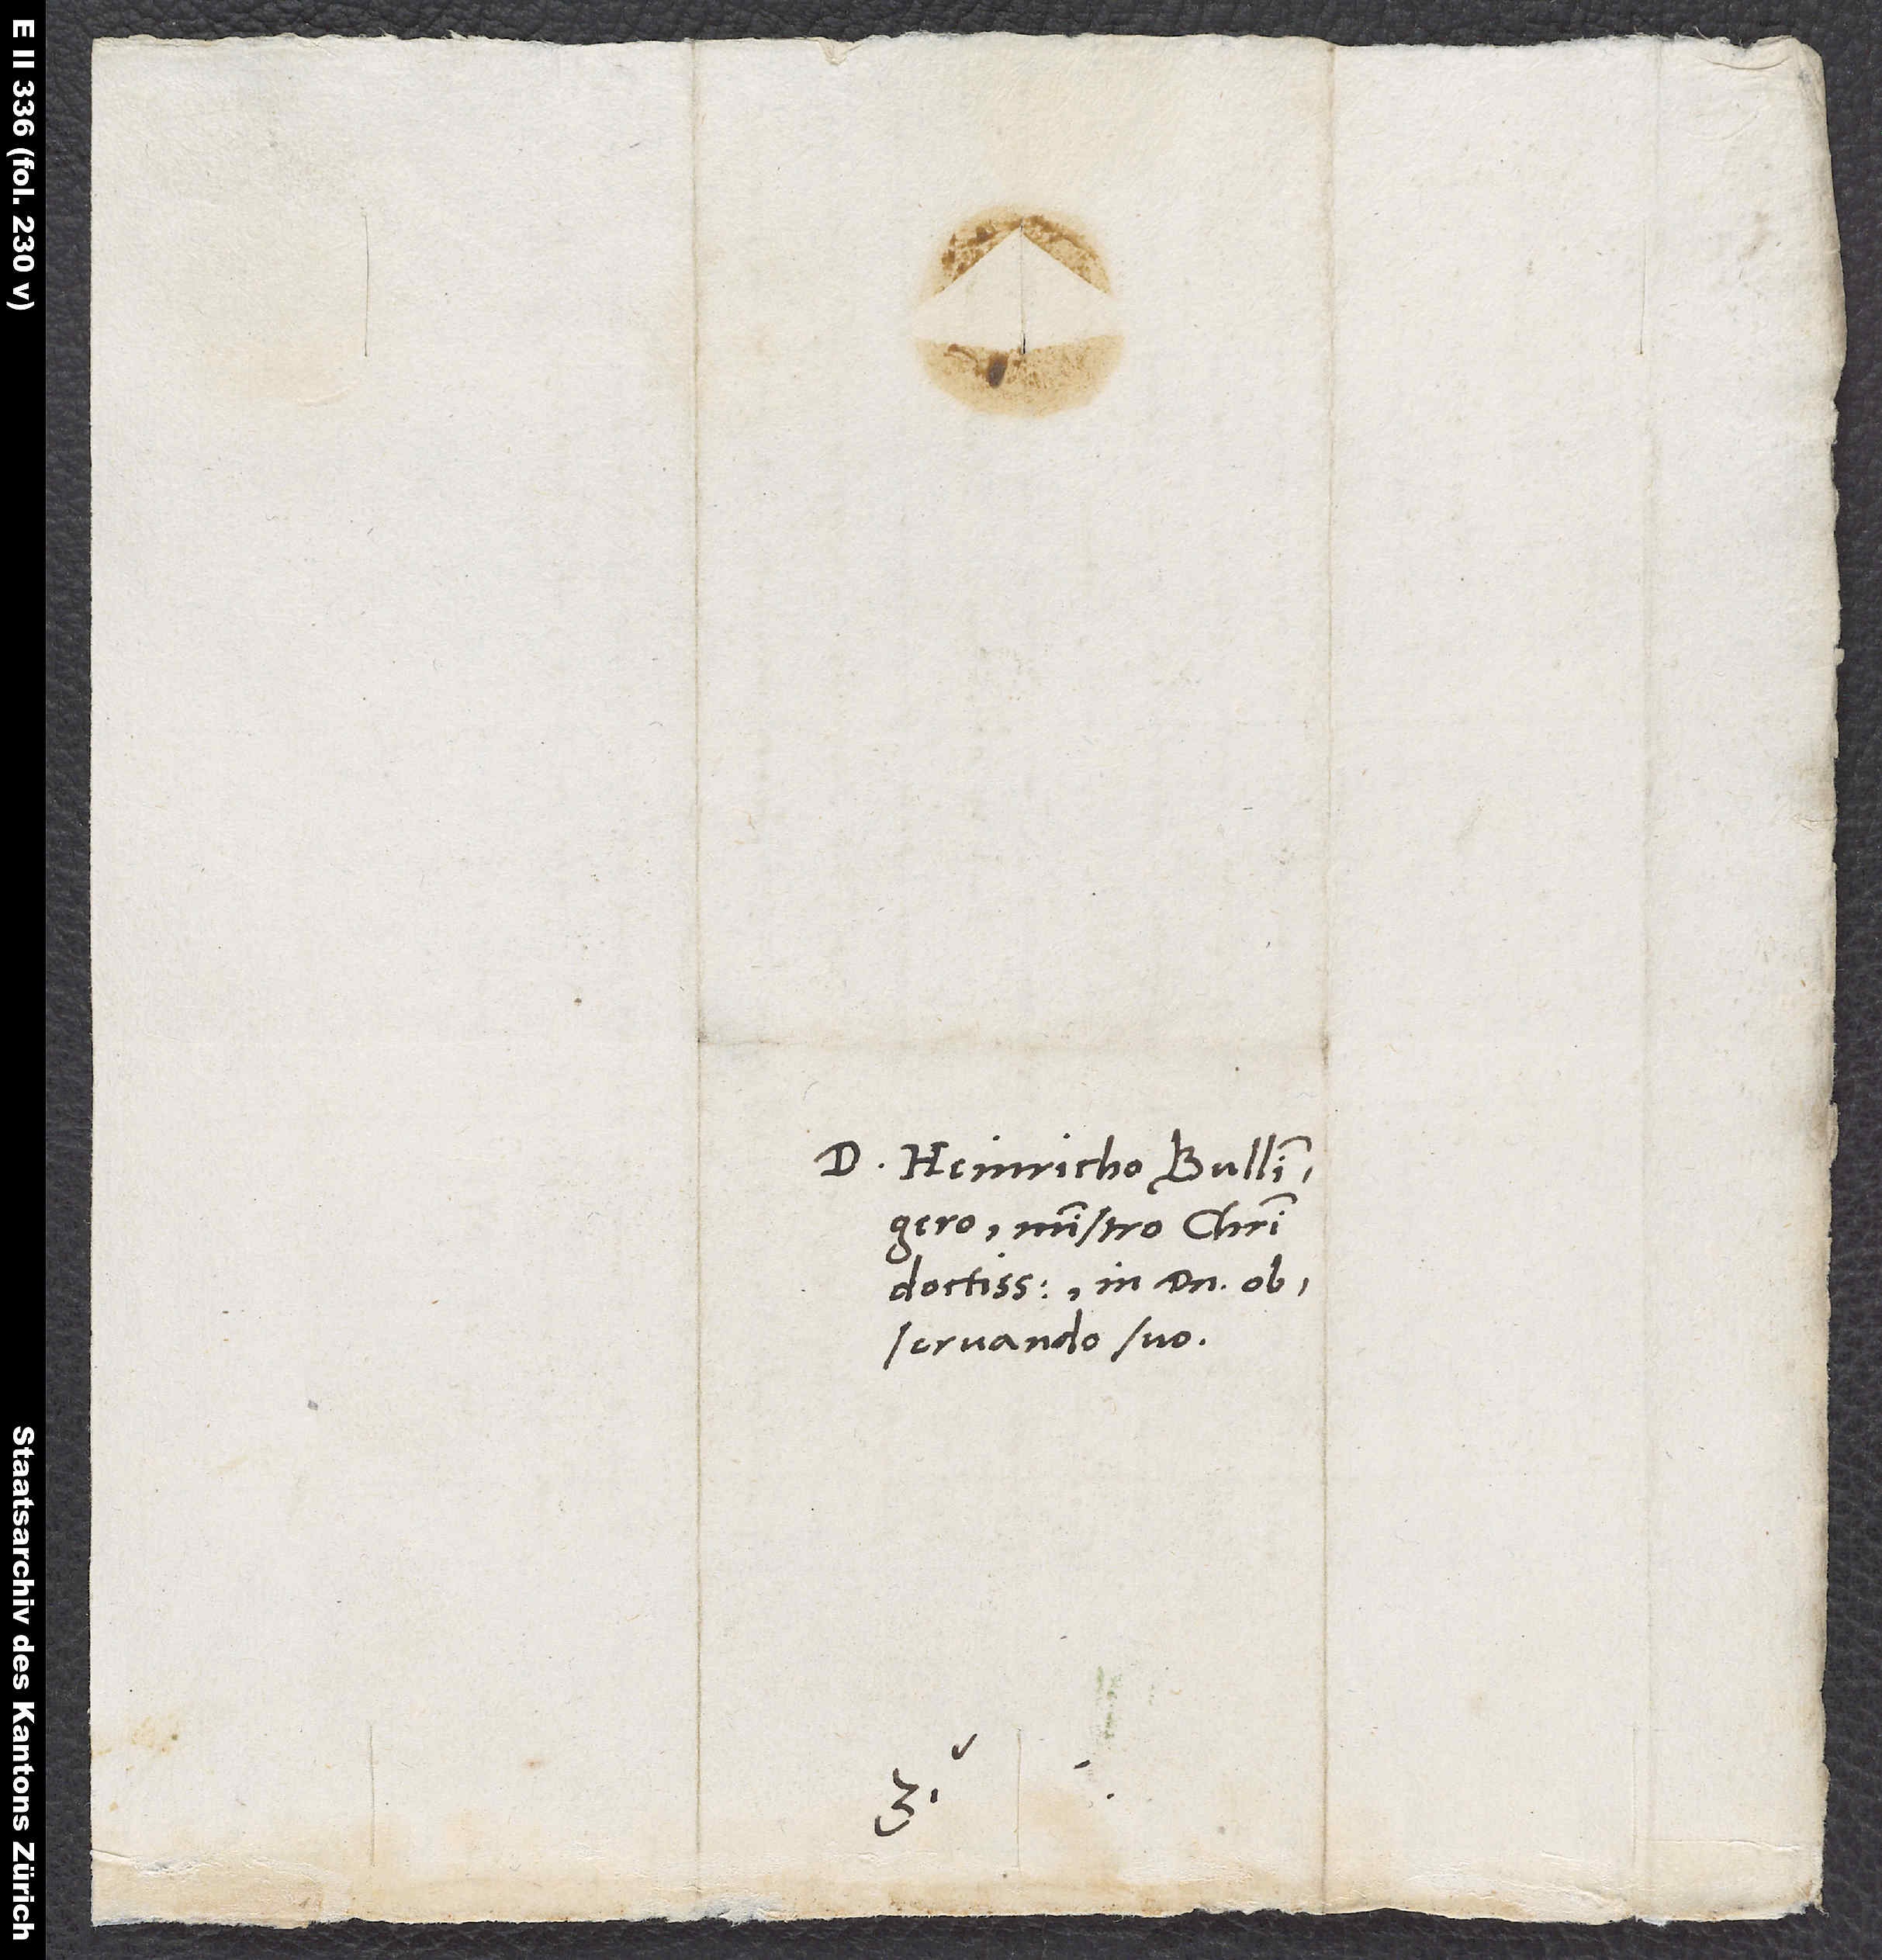
D. Heinricho Bullingero,
ministro Christi
doctissimo in domino
observando suo.